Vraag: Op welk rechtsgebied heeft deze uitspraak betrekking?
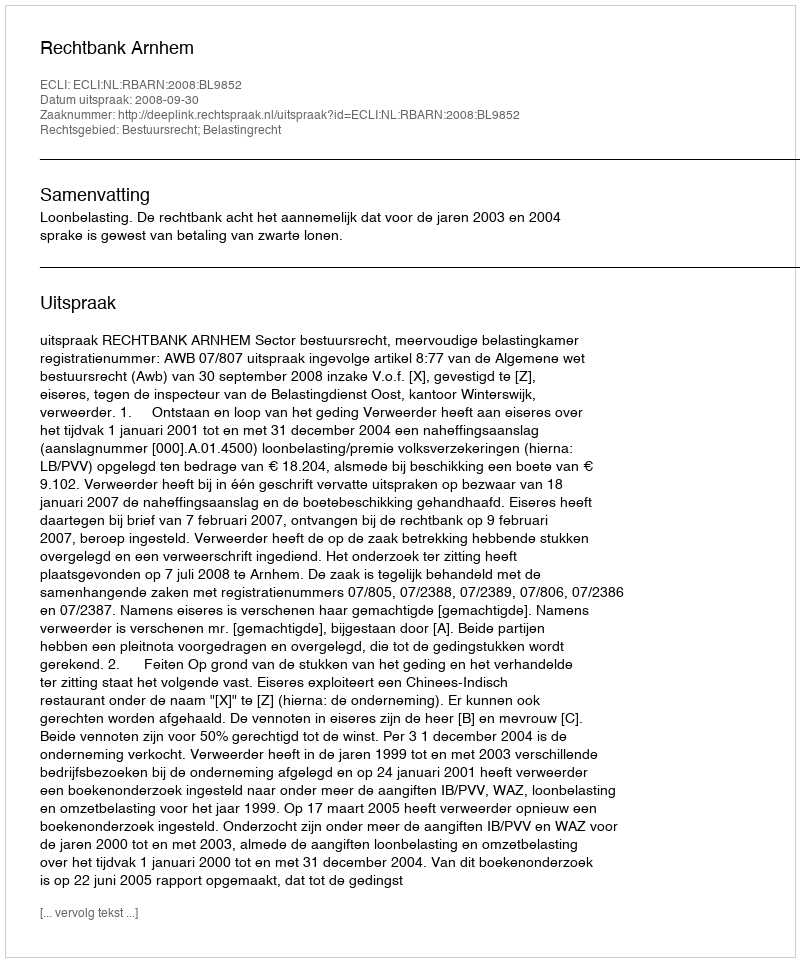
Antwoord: Bestuursrecht; Belastingrecht